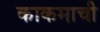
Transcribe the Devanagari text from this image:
काकमाची